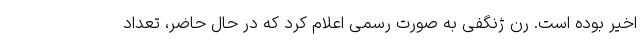
اخیر بوده است. رن ژنگفی به صورت رسمی اعلام کرد که در حال حاضر، تعداد